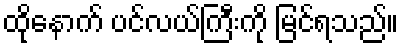
ထိုနောက် ပင်လယ်ကြီးကို မြင်ရသည်။